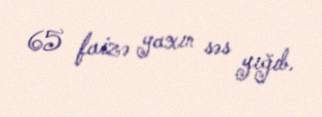
65 faizə yaxın səs yığıb.